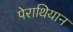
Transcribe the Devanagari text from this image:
पेराथियान